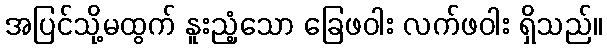
အပြင်သို့မထွက် နူးညံ့သော ခြေဖဝါး လက်ဖဝါး ရှိသည်။